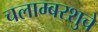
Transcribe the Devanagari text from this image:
चलाम्बरशुचे